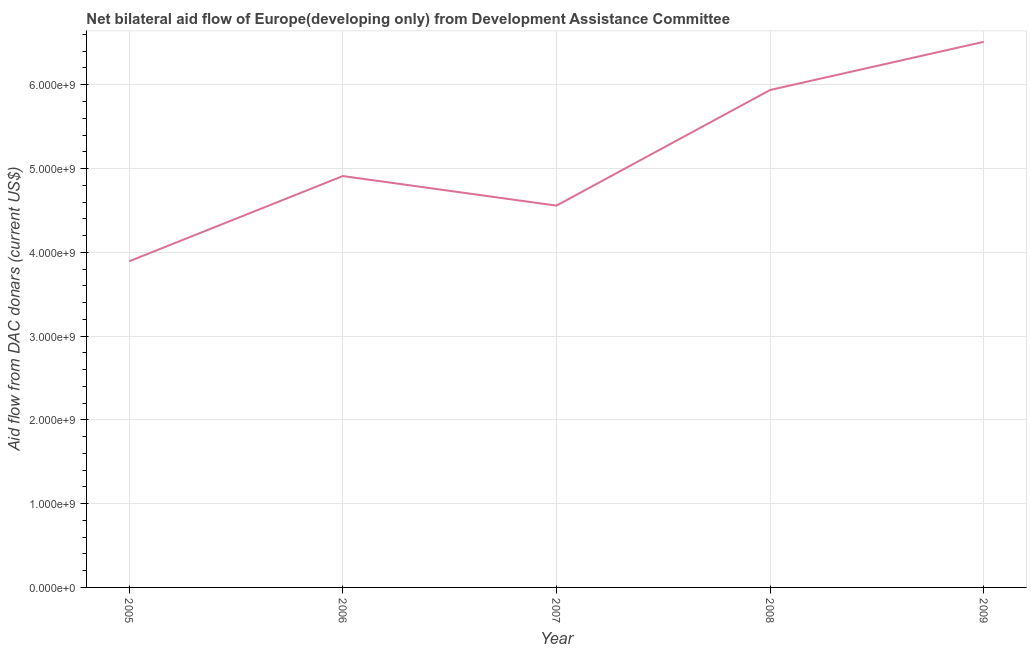
| Year | Net bilateral aid flows from DAC donors |
 | --- | --- |
 | 2005 | 3.89e+09 |
 | 2006 | 4.91e+09 |
 | 2007 | 4.56e+09 |
 | 2008 | 5.94e+09 |
 | 2009 | 6.51e+09 |